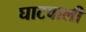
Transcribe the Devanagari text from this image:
घाटवाली